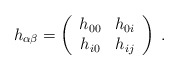
\begin{align*} h_{\alpha\beta} = \left( \begin{array}{cc} h_{00} & h_{0i} \\ h_{i0} & h_{ij} \end{array} \right) \; .\end{align*}